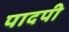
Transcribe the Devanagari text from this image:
पादपी